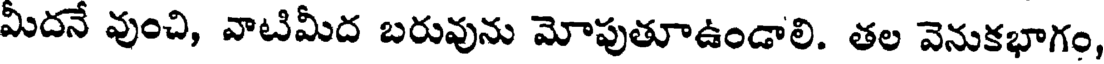
మీదనే వుంచి, వాటిమీద బరువును మోపుతూఉండాలి. తల వెనుకభాగం,